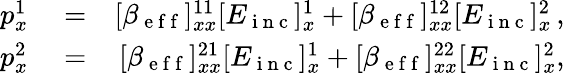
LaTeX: \begin{array}{rlr}{p_{x}^{1}}&{{}=}&{[\beta_{\mathrm{~e~f~f~}}]_{xx}^{11}[E_{\mathrm{~i~n~c~}}]_{x}^{1}+[\beta_{\mathrm{~e~f~f~}}]_{xx}^{12}[E_{\mathrm{~i~n~c~}}]_{x}^{2}\, ,}\\ {p_{x}^{2}}&{{}=}&{[\beta_{\mathrm{~e~f~f~}}]_{xx}^{21}[E_{\mathrm{~i~n~c~}}]_{x}^{1}+[\beta_{\mathrm{~e~f~f~}}]_{xx}^{22}[E_{\mathrm{~i~n~c~}}]_{x}^{2},}\end{array}